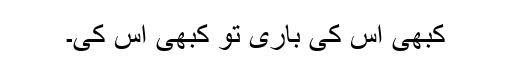
کبھی اس کی باری تو کبھی اس کی۔